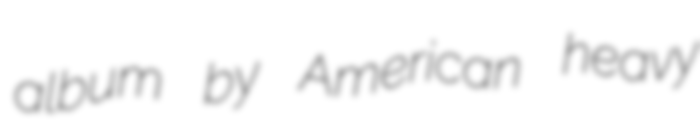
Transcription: album by American heavy